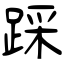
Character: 踩